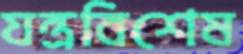
যন্ত্রবিশেষ